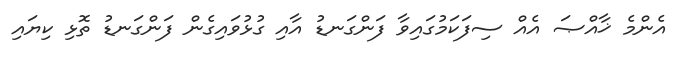
އެންމެ ޚާއްޞަ އެއް ސިފަކަމުގައިވާ ފަންގަނޑު އާއި ގުޅުވައިގެން ފަންގަނޑު ތޮޅި ކިޔައި